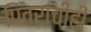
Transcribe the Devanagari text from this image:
पितरांचीही